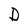
Character: D